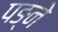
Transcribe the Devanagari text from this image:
पङ्ने